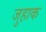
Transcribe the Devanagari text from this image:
जुहाक